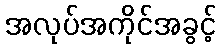
အလုပ်အကိုင်အခွင့်